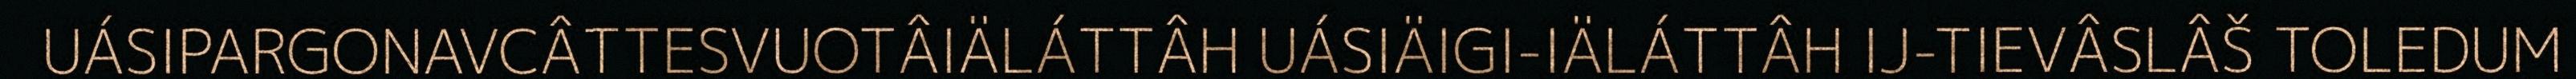
UÁSIPARGONAVCÂTTESVUOTÂIÄLÁTTÂH UÁSIÄIGI-IÄLÁTTÂH IJ-TIEVÂSLÂŠ TOLEDUM